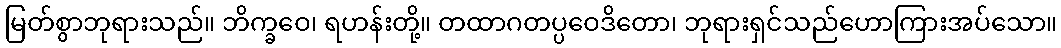
မြတ်စွာဘုရားသည်။ ဘိက္ခဝေ၊ ရဟန်းတို့။ တထာဂတပ္ပဝေဒိတော၊ ဘုရားရှင်သည်ဟောကြားအပ်သော။